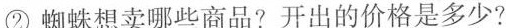
② 蜘蛛想卖哪些商品?开出的价格是多少?